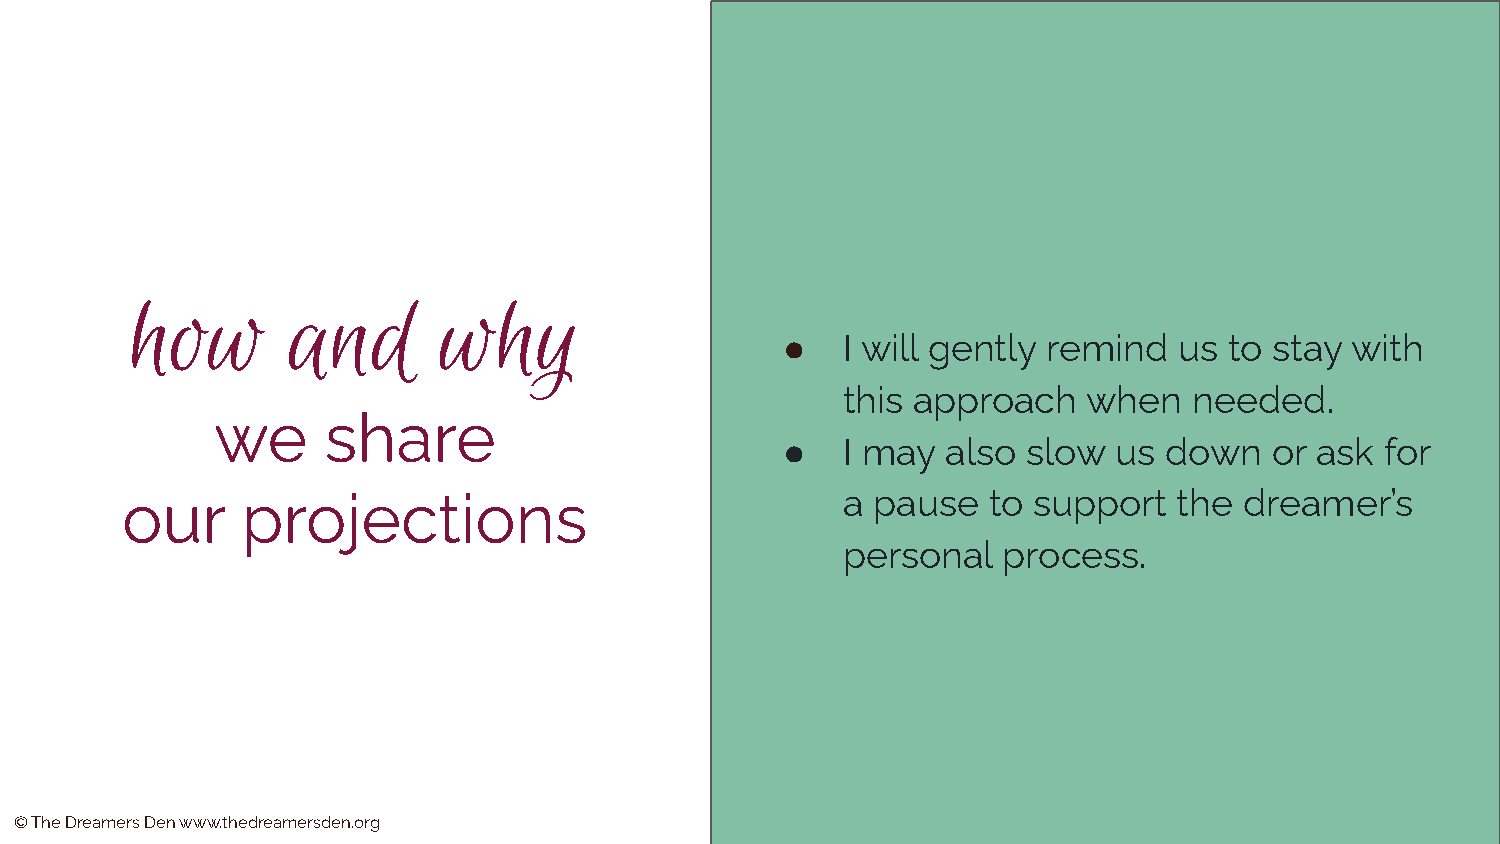
how       and       why
 ●   I will gently remind  us to stay with
 this approach   when   needed.
 we     share
 ●   I may  also slow  us down   or ask  for
 our     projections                             a pause  to support   the dreamer’s
 personal  process.
 © The Dreamers Den www.thedreamersden.org